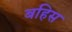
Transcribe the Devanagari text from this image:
बहिस